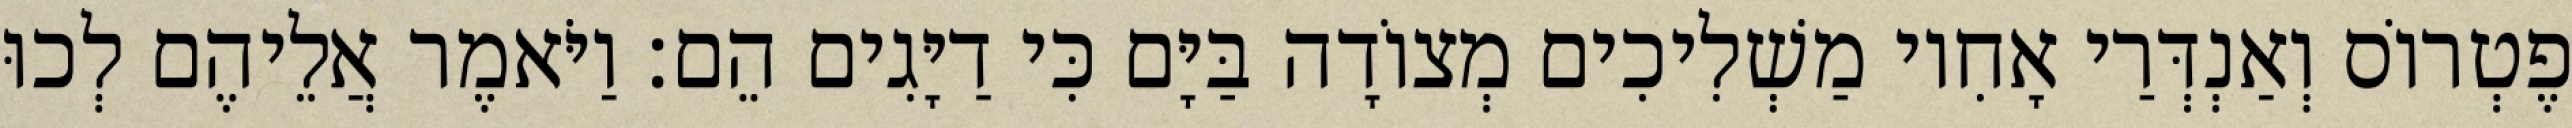
פֶטְרוֹס וְאַנְדְּרַי אָחִיו מַשְׁלִיכִים מְצוֹדָה בַּיָּם כִּי דַיָּגִים הֵם׃ וַיֹּאמֶר אֲלֵיהֶם לְכוּ